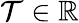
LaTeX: \mathcal{T}\in\mathbb{{R}}